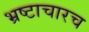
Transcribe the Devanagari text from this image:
भ्रष्टाचारच